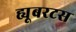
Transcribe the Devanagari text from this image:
ह्यूबरटस